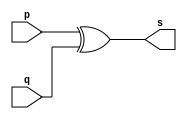
// --------------------- 
// Exemplo0005 - xor 
// Nome: Felipe Cssio Vieira Ferreira
// --------------------- 
// --------------------- 
// -- xor gate 
// --------------------- 
module xorgate (output [0:3] s,input [0:3] p,input [0:3] q); 
assign s = p ^ q; 
endmodule // xor 
// --------------------- 
// -- test xorgate 
// --------------------- 
module testxorgate; 
// ------------------------- dados locais 
reg [0:3] a,b; // definir registrador 
wire [0:3] s; // definir conexao (fio) 
// ------------------------- instancia 
xorgate XOR1 (s, a, b); 
// ------------------------- preparacao 
initial begin:start 
a=4'b0011; // 4 valores binarios 
b=4'b0101; // 4 valores binarios 
end 
// ------------------------- parte principal 
initial begin:main 
$display("Exemplo0005 - Felipe Cssio Vieira Ferreira- 451552"); 
$display("Test xor gate"); 
$display("\n a ^ b = s\n"); 
$monitor("%b ^ %b = %b", a, b, s); 
#1 a=0; b=0; // valores decimais 
#1 a=4'b0010; b=4'b0001; // valores binarios 
#1 a=4'd1; b=3; // decimal e decimal 
#1 a=4'o5; b=2; // octal e decimal 
#1 a=4'hA; b=3; // hexadecimal e decimal 
#1 a=4'h9; b=4'o3; // hexadecimal e octal 
end 
endmodule // testxorgate